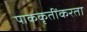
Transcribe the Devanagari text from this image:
पाककृतींकरता